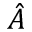
\hat { A }